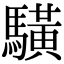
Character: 䮲